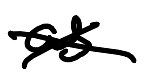
Text: as
Cross-out: cross
Writing tool: digital_black